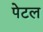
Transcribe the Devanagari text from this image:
पेटल